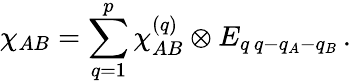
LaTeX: \chi_{AB}=\sum_{q=1}^{p}\chi_{AB}^{(q)}\otimes E_{q\, q-q_{A}-q_{B}}\, .